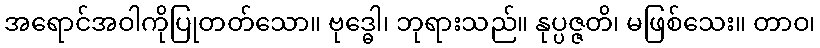
အရောင်အဝါကိုပြုတတ်သော။ ဗုဒ္ဓေါ၊ ဘုရားသည်။ နုပ္ပဇ္ဇတိ၊ မဖြစ်သေး။ တာဝ၊